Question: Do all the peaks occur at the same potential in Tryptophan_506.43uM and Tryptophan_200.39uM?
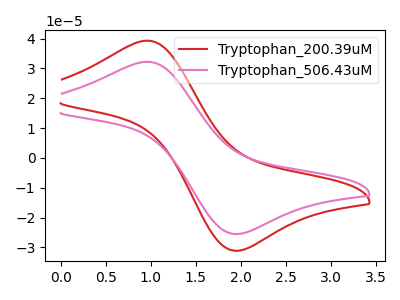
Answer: <think>The red curve "Tryptophan_200.39uM" has an anodic peak at (0.95V, 39.30uA) and a cathodic peak at (1.95V, -31.10uA). The pink curve "Tryptophan_506.43uM" has an anodic peak at (0.95V, 32.25uA) and a cathodic peak at (1.95V, -25.50uA).</think>
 <answer>Yes, "Tryptophan_506.43uM" have a peak in "Tryptophan_200.39uM" at the same potential.</answer>
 <eval>match</eval>